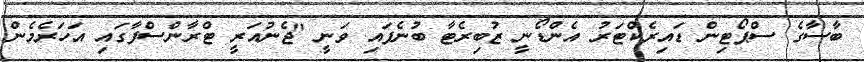
ބާސާގެ ސްޕޯޓިން ޑައިރެކްޓަރު އެންޑޯނީ ޒުބިރެޓާ ބުނެފައި ވަނީ "ޖެނުއަރީ ޓްރާންސްފާގައި އަހަރެމެން